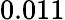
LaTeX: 0.011